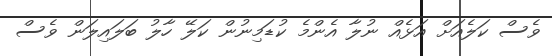
ވެސް ކަަލެއަށް އަޅެއް ނުލާ އެންމެ ކުޑަމިނުން ކަލޭ ހާލު ބަލައިލަން ވެސް